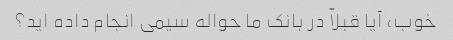
خوب، آیا قبلاً در بانک ما حواله سیمی انجام داده اید؟